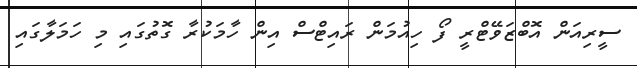
ސީރިއަން އޮބްޒަވޭޓްރީ ފޯ ހިއުމަން ރައިޓްސް އިން ހާމަކުރާ ގޮތުގައި މި ހަމަލާގައި